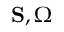
{ \mathbf { S } } , { \Omega }